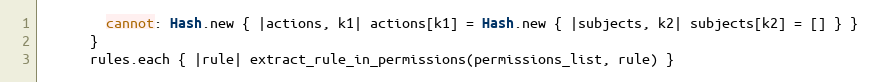
Language: Ruby
        cannot: Hash.new { |actions, k1| actions[k1] = Hash.new { |subjects, k2| subjects[k2] = [] } }
      }
      rules.each { |rule| extract_rule_in_permissions(permissions_list, rule) }